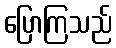
ပြောကြသည်